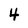
Character: 4